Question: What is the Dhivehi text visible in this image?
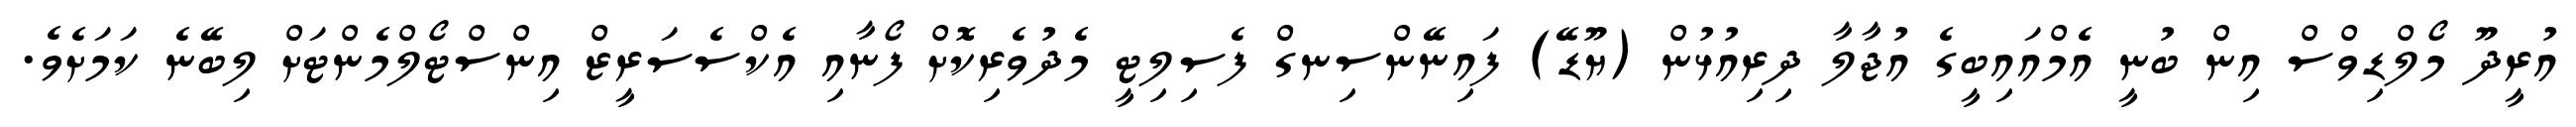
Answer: އުރީދޫ މޯލްޑިވްސް އިން ބުނީ އެމްއައިބީގެ އުޖާލާ ދިރިއުޅުން (ޔޫޑޭ) ފައިނޭންސިނގް ފެސިލިޓީ މެދުވެރިކޮށް ފޯނާއި އެކްސެސަރީޒް އިންސްޓޯލްމެންޓަށް ލިބޭނެ ކަމަށެވެ.